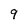
Character: 9